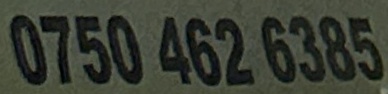
0750 462 6385